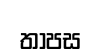
තාපස